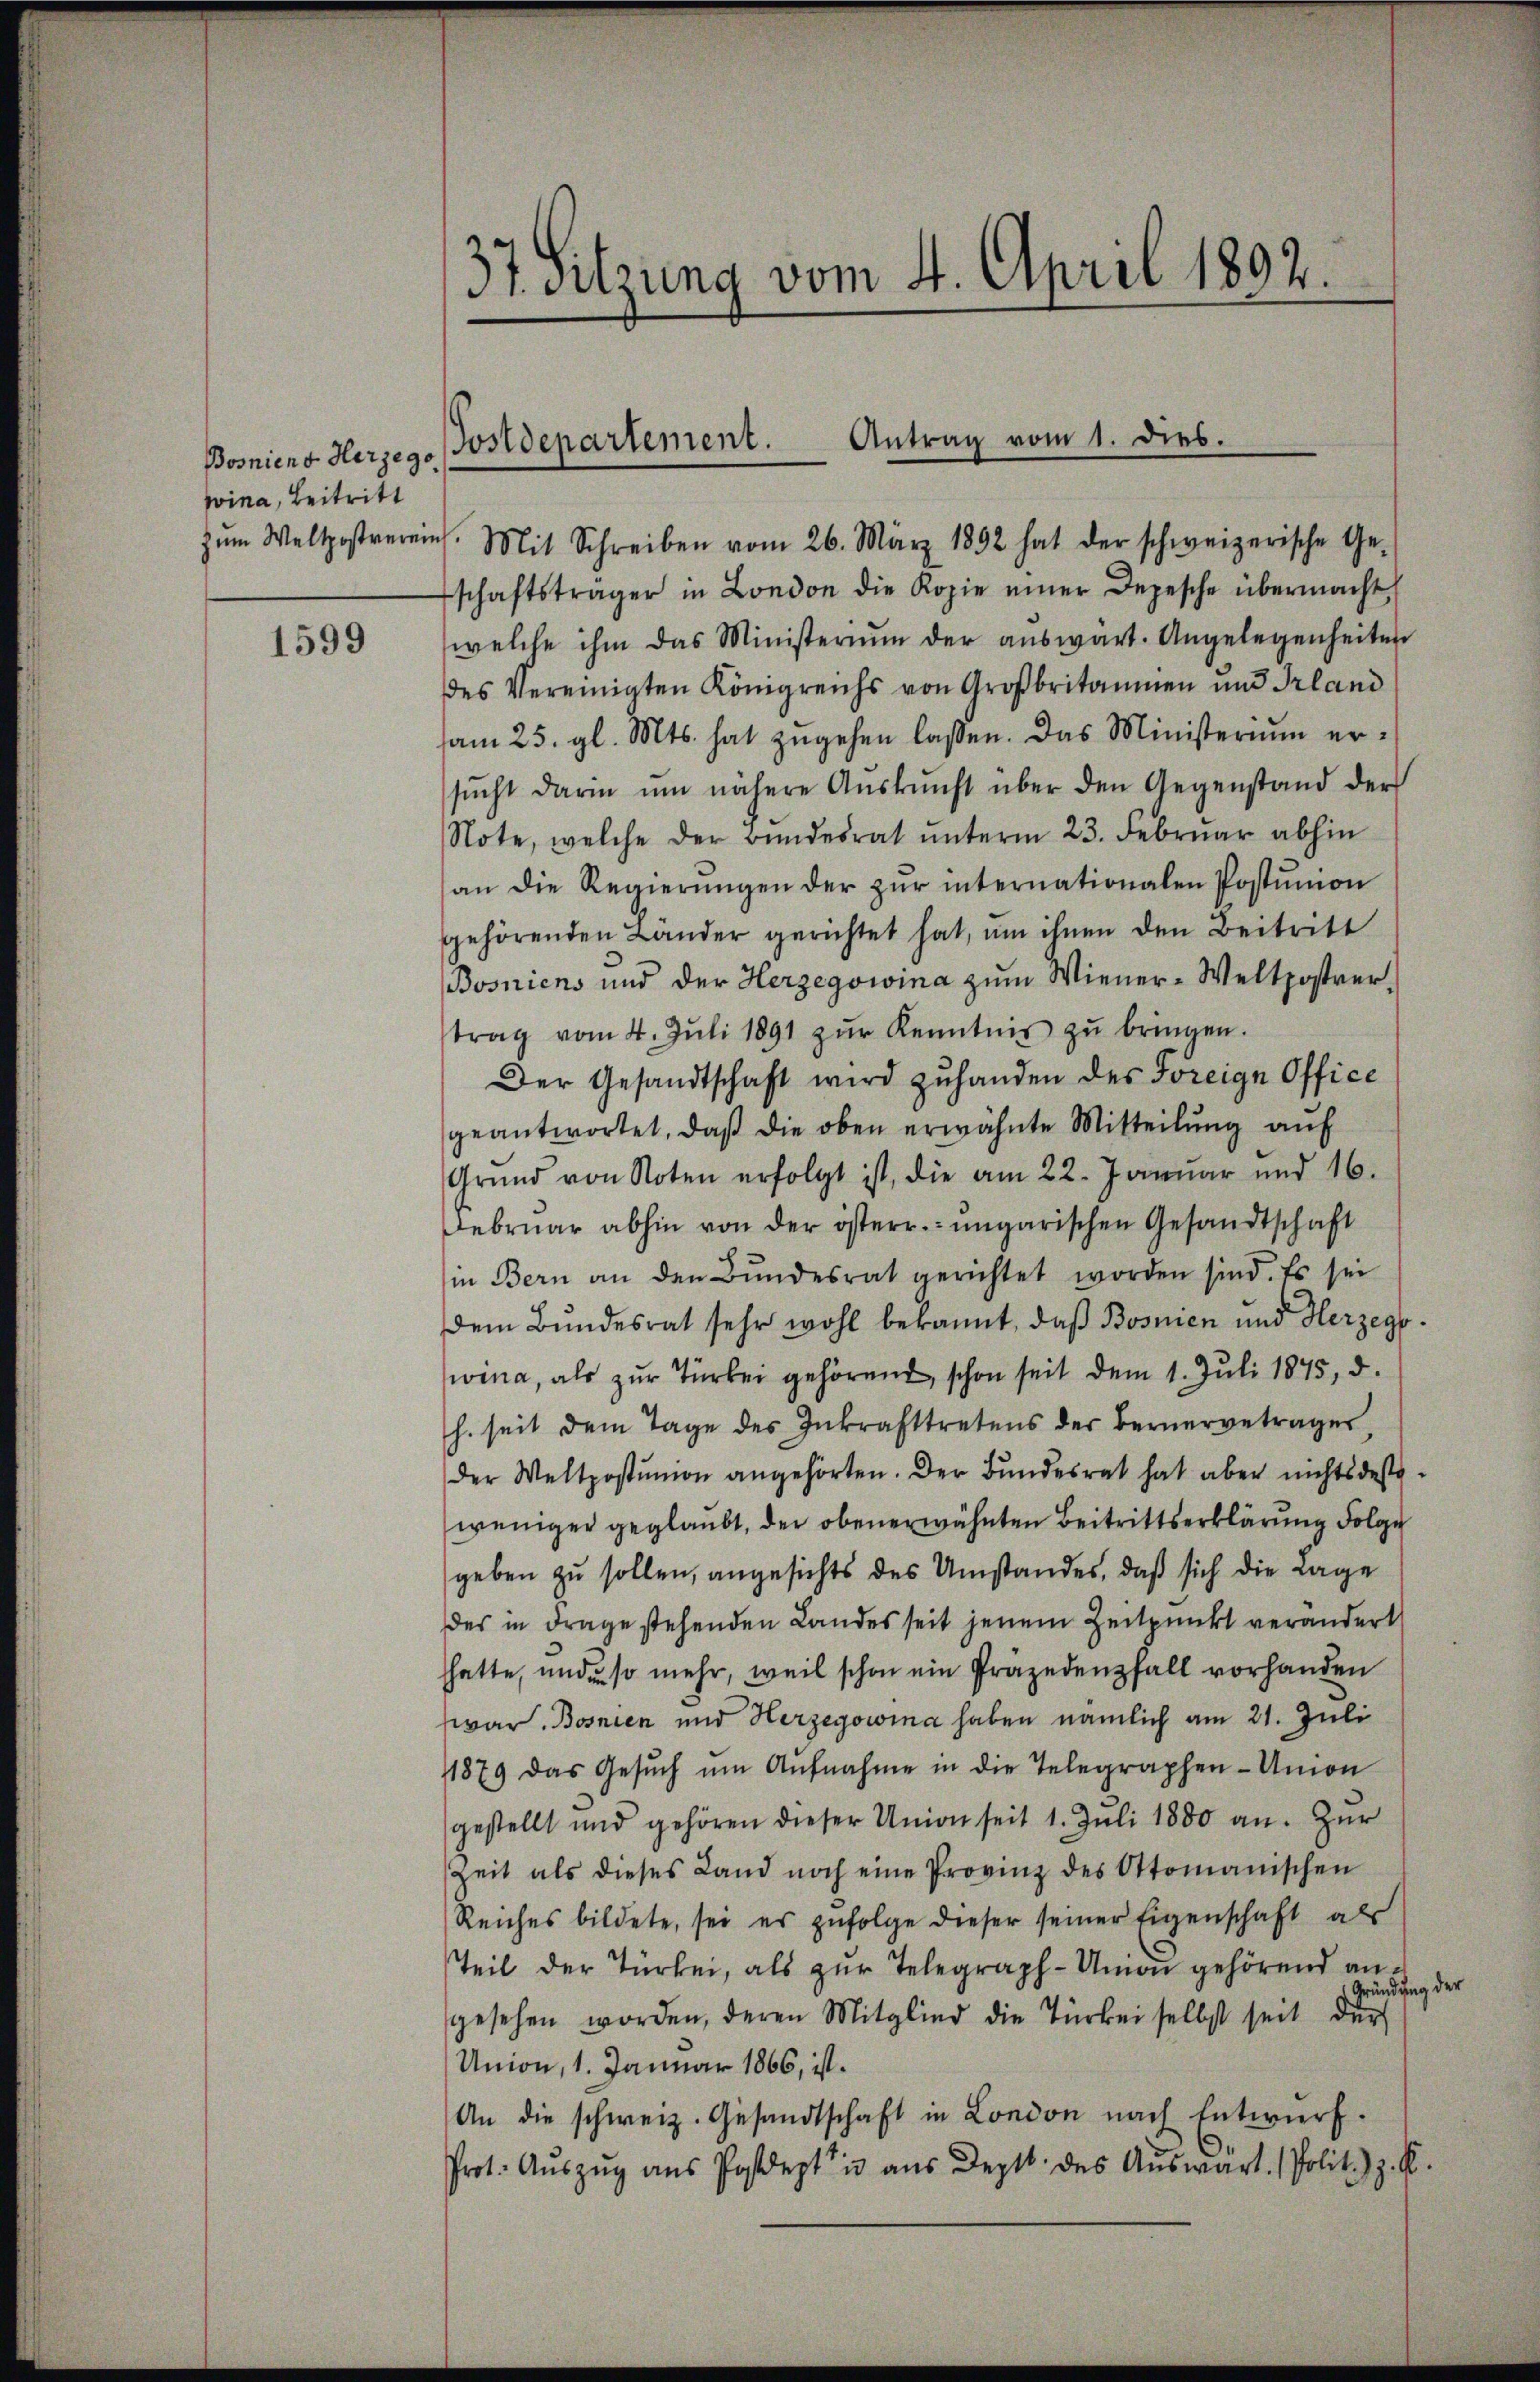
Bosniens Herzego
wina, Beitritt

1599

37 Sitzung vom 4. April 1892.

zŭm Weltpostrerein. Mit Schreiben vom 26. März 1892 hat der schweizerische Ge-
schaftsträger in London die Kopie einer Depesche übermacht
welche ihm das Ministerium der aŭswart. Angelegenheiten
des Vereinigten Königreichs von Großbritannien und Irland
am 25. gl. Mts. hat zugehen laßen. Das Ministerium ersŭcht darin ŭm nähere Aŭskŭnft über den Gegenstand der
Note, welche der Bŭndesrat ŭnterm 23. Febrŭar abhin
an die Regierŭngen der zŭr internationalen Postŭnion
gehörenden Länder gerichtet hat, um ihnen den Beitritt
Bosniens und der Herzegowina zŭm Wiener-Weltpostrer-
trag vom 4. Jŭli 1891 zŭr Kenntnis zŭ bringen.
Der Gesandtschaft wird zŭhanden des Freige Office
geantwortet, daβ die oben erwähnte Mitteilŭng aŭf
Grŭnd von Noten erfolgt ist, die am 22. Januar und 16.
Februar abhin von der österr. ungarischen Gesandtschaft
in Bern an den Bŭndesrat gerichtet worden sind. Es sei
dem Bundesrat sehr wohl bekannt, daß Bosnien und Herzegowina, als zŭr Türkei gehörend, schon seit dem 1. Juli 1845, d.
h. seit dem Tage des Inkrafttretens der Bernerbetragen
der Weltpostŭnion angehörten. Der Bundesrat hat aber nichts des-
weniger geglaubt, der obenerwähnten Beitrittserklärung Folge
geben zu sollen, angesichts des Umstandes, daß sich die Lage
des in Frage stehenden Landesseit jenem Zeitpunkt verändert
hatte, und so mehr, weil schon ein Präzedenfall vorhanden
war. Bosnien und Herzegowina haben nämlich am 21. Juli
11879 das Gesŭch ŭm Aŭfnahme in die Telegraphen-Union
gestellt und gehören dieser Union seit 1. Jŭli 1880 an. Zur
Zeit als dieses Land noch eine Provinz des Atomanischen
Reiches bildete, sei es zŭfolge dieser seiner Eigenschaft als
Teil der Türkei, als zur Telegraph-Union gehörend anung der
fründ
gesehen worden, deren Mitglied die Türkei selbst seit der
Union, 1. Januar 1866, ist.
An die schweiz. Gesandtschaft in London nach Entwŭrf.
Prot. Aŭszŭg ans Postdept" u aŭs Dept. des Aŭswärt. Polit. z. B.

Postdepartement. Antrag vom 1. dies.